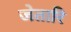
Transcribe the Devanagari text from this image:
जेतारि